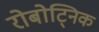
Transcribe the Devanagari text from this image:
रोबोट्निक